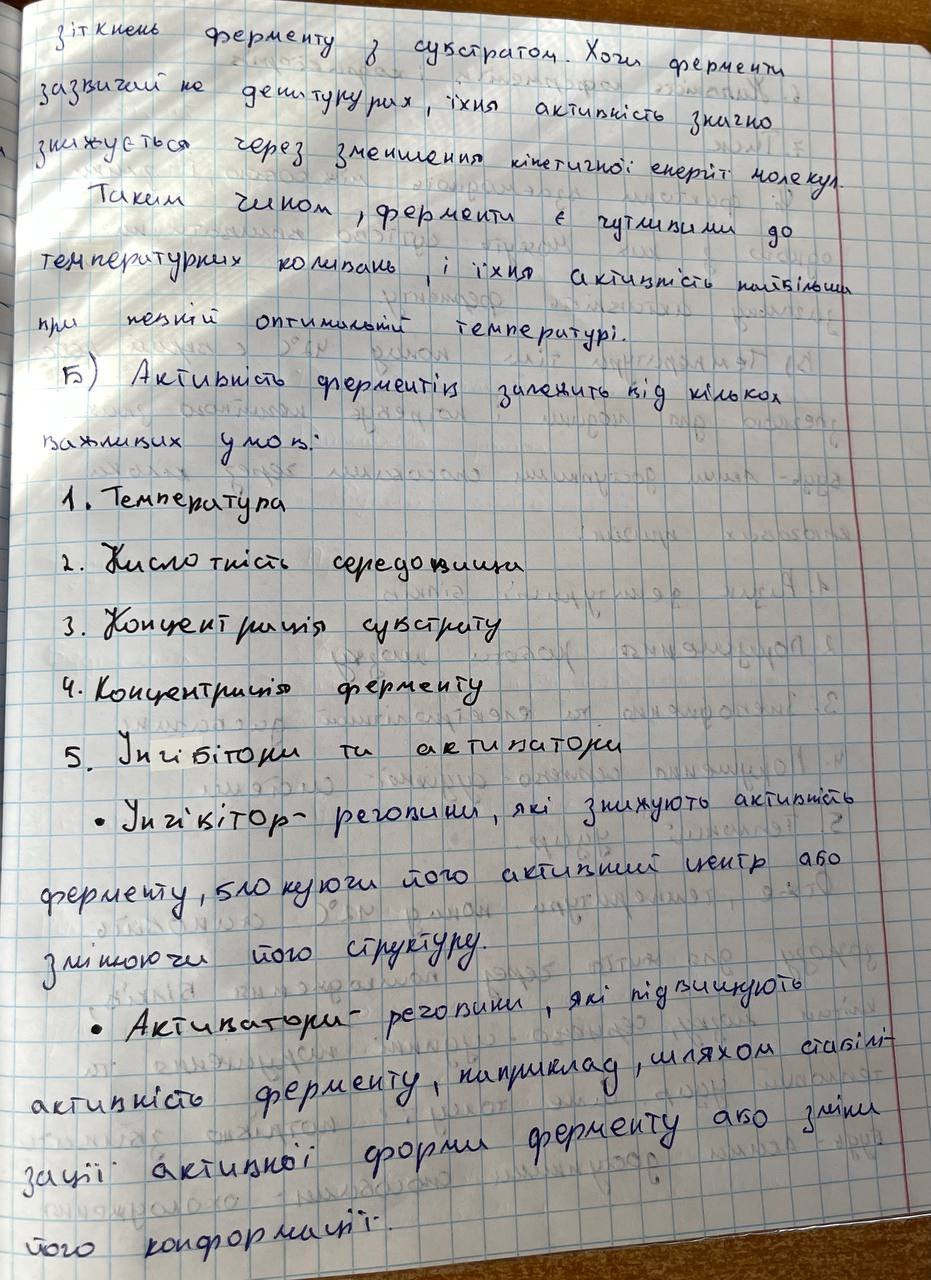
зіткнень ферменту з субстратом. Хоча ферменти
зазвичай не денитукурих, їхня активність значно
знижується через зменшення кінетичної енергії молекул.
Таким чином, ферменти є чутливими до
температурних коливань, і їхня активність найбільша
при певній оптимальній температурі.
Б) Активність ферментів залежить від кількох
важливих умов:
1. Температура
2. Кислотність середовища
3. Концентрація субстрату
4. Концентрація ферменту
5. Інгібітори та активатори
• Інгібітор - речовини, які знижують активність
ферменту, блокуючи його активний центр або
змінюючи його структуру.
• Активатори - речовини, які підвищують
активність ферменту, наприклад, шляхом стабілі-
зації активної форми ферменту або зміни
його конформації.